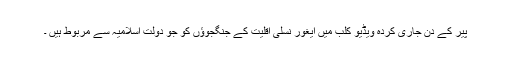
پیر کے دن جاری کردہ ویڈیو کلب میں ایغور نسلی اقلیت کے جنگجوؤں کو جو دولت اسلامیہ سے مربوط ہیں ۔